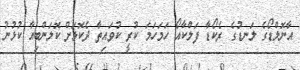
އާނޮލްޑޯގެ ލަނޑުގެ ރެކޯޑާ ފަލްކާއޯ ހަމަހަމަ ކުރީ ކުވައިތާ ދެކޮޅަށް ކޮލަންބިއާ ކުޅުުނު